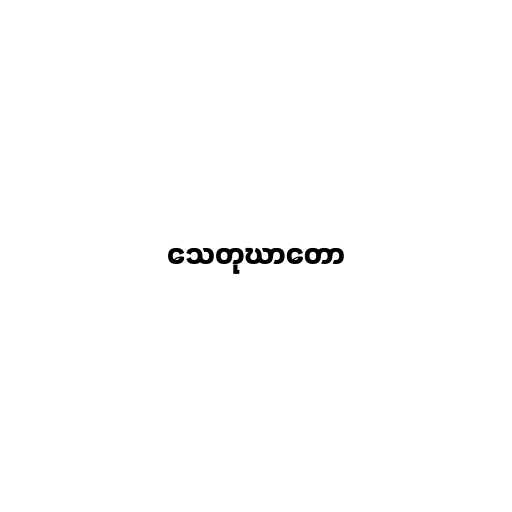
သေတုဃာတော